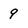
Character: 9